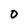
Character: 0